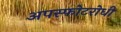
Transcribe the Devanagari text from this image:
अपस्फोटरोधी